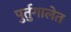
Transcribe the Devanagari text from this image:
पुर्तुगालेत